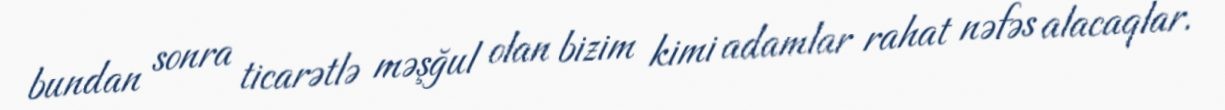
bundan sonra ticarətlə məşğul olan bizim kimi adamlar rahat nəfəs alacaqlar.